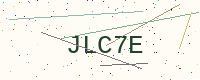
Text: JLC7E